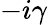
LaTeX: -i\gamma